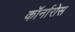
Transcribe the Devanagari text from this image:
कॉर्नारोस